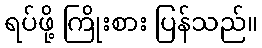
ရပ်ဖို့ ကြိုးစား ပြန်သည်။